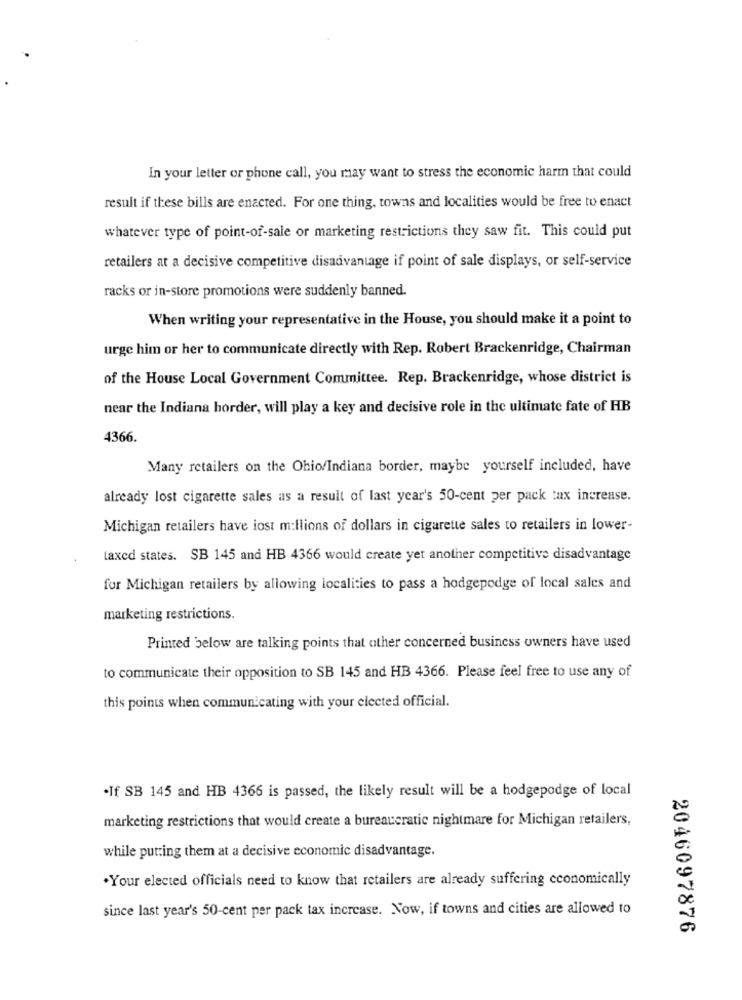
In your letter or phone call, you may want to stress the economic harm that could
result if these bills are enacted. For one thing, towns and localities would be free to enact
whatever type of point-of-sale or marketing restrictions they saw fit. This could put
retailers at a decisive competitive disadvantage if point of sale displays, or self-service
racks or in-store promotions were suddenly banned.
When writing your representative in the House, you should make it a point to
urge him or her to communicate directly with Rep. Robert Brackenridge, Chairman
of the House Local Government Committee. Rep. Brackenridge, whose district is
near the Indiana horder, will play a key and decisive role in the ultimate fate of HB
4366.
Many retailers on the Ohio/Indiana border, maybe yourself included, have
already lost cigarette sales as a result of last year's 50-cent per pack tax increase.
Michigan retailers have lost millions of dollars in cigarette sales to retailers in lower-
taxed states. SB 145 and HB 4366 would create yet another competitive disadvantage
for Michigan retailers by allowing localities to pass a hodgepodge of local sales and
marketing restrictions.
Printed below are talking points that other concerned business owners have used
to communicate their opposition to SB 145 and HB 4366. Please feel free to use any of
this points when communicating with your elected official.
.If SB 145 and HB 4366 is passed, the likely result will be a hodgepodge of local
marketing restrictions that would create a bureaucratic nightmare for Michigan retailers,
while putting them at a decisive economic disadvantage.
.Your elected officials need to know that retailers are already suffering economically
since last year's 50-cent per pack tax increase. Now, if towns and cities are allowed to
2046097876